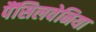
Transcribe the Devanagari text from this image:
पैंसिलवेनिया